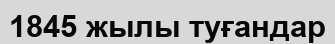
1845 жылы туғандар